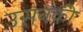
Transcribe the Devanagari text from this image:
उसनकी